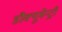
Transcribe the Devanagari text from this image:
डौक्यूमेन्ट्री